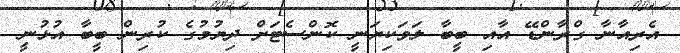
އެރިއާނާ ގްރާންޑޭ އާއި ބީބާ ލަވަކިޔަނީ ކޮންސެޓަށް ދިޔުމުގެ ކުރިން ބީބާ އުޅުނީ